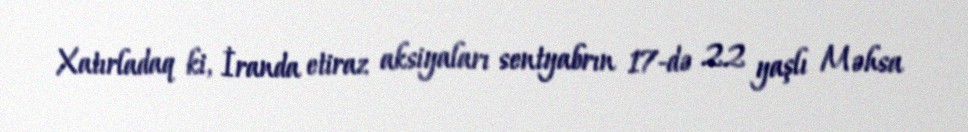
Xatırladaq ki, İranda etiraz aksiyaları sentyabrın 17-də 22 yaşlı Məhsa